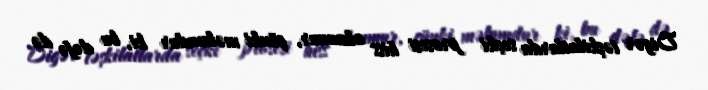
Digər təşkilatlarda seçki prosesi hiss olunmur, çünki məlumdur ki, bu dəfə də